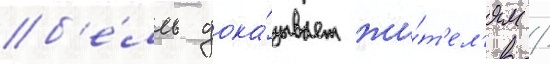
б'е́лль дока́зывает жи́т'ел'ям /